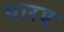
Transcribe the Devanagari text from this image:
पारए